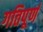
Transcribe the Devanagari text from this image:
गतिपूर्ण